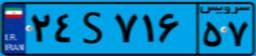
۸۴S۰۷۲۰۰